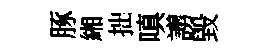
䐁緗拙嗔謭毀